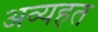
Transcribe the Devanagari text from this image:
अव्यहत